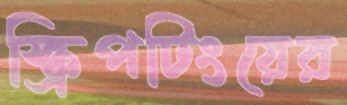
স্ক্রিপটিংয়ের